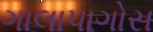
ગાલાપાગોસ